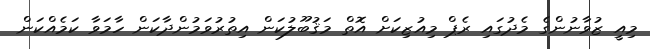
މިއީ ޒުވާނުންގެ މެދުގައި ރެޕް މިއުޒިކަށް އޮތް މަޤުބޫލުކަން އިތުރުވަމުންދާކަން ހާމަވާ ކަމެއްކަން